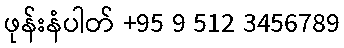
ဖုန်းနံပါတ် +95 9 512 3456789